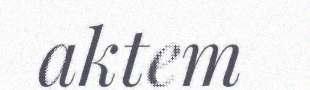
aktem